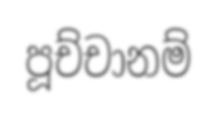
පූච්චානම්